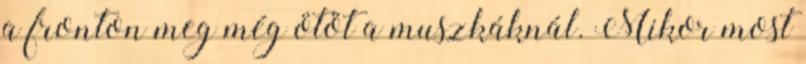
a fronton meg még ötöt a muszkáknál. Mikor most